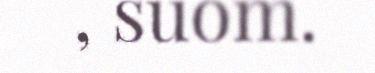
, suom.